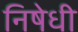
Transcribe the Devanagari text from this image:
निषेधी